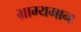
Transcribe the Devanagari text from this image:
भ्राम्यमान